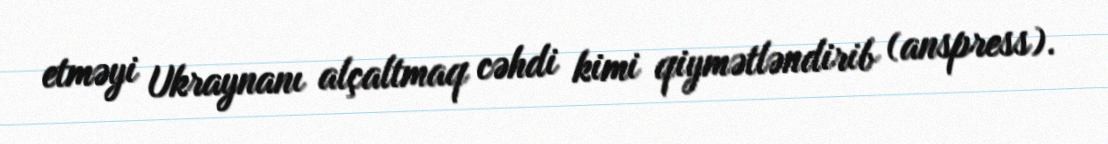
etməyi Ukraynanı alçaltmaq cəhdi kimi qiymətləndirib (anspress).